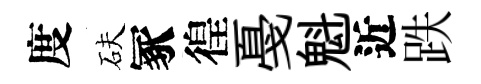
度砆冢徨戞魁近跌